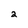
Character: 2